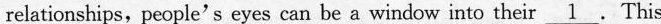
relationships, people's eyes can be a window into their \underline{1}. This